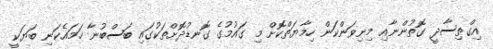
އިގްތިސާދީ ގޮތުންނާއި މިނިވަންކަން ހިމާޔަތްކޮށް މި ގައުމުގެ ގޮނޑުދޮށްތަކުގައި ބަސްބުނާ ހަމައެކަނި ބަޔަކީ